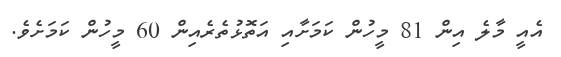
އެއީ މާލެ އިން 81 މީހުން ކަމަށާއި އަތޮޅުތެރެއިން 60 މީހުން ކަމަށެވެ.